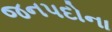
જનપદોના